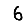
Digit: 6